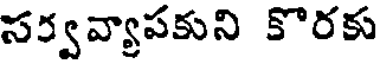
సర్వవ్యాపకుని కొరకు